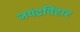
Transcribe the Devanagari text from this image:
जयंद्रविहार